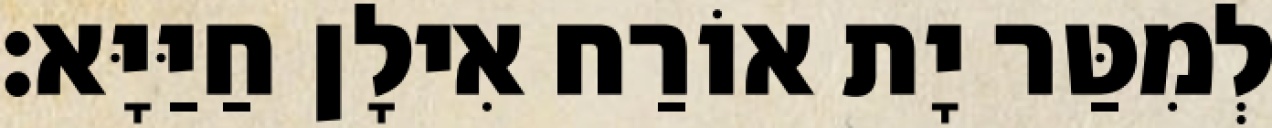
לְמִטַּר יָת אוֹרַח אִילָן חַיַּיָּא׃